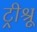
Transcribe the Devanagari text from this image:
ट्रीश्रू